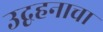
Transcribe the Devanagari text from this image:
उद्वहनाचा